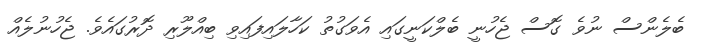
ބެލެންސް ނުވެ ގޮސް ޖެހުނީ ބެލްކަނީގައި އެވަގުތު ކަހާލައިފައިވި ބިއްލޫރި ދޮރުގައެވެ. ޖެހުނުލެއް